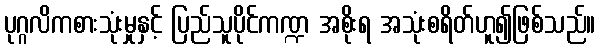
ပုဂ္ဂလိကစားသုံးမှုနှင့် ပြည်သူပိုင်ကဏ္ဍ အစိုးရ အသုံးစရိတ်ဟူ၍ဖြစ်သည်။